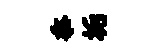
忝垢